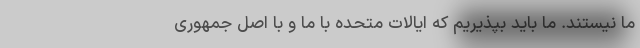
ما نیستند. ما باید بپذیریم که ایالات متحده با ما و با اصل جمهوری